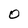
Character: 0